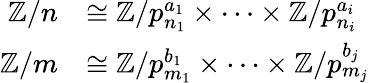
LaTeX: {\begin{array}{rl}{\mathbb{Z}/n}&{\cong\mathbb{Z}/p_{n_{1}}^{a_{1}}\times\cdots\times\mathbb{Z}/p_{n_{i}}^{a_{i}}}\\ {\mathbb{Z}/m}&{\cong\mathbb{Z}/p_{m_{1}}^{b_{1}}\times\cdots\times\mathbb{Z}/p_{m_{j}}^{b_{j}}}\end{array}}